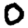
Digit: 0